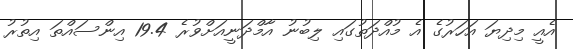
އެއީ މިދިޔަ އަހަރުގެ އެ މުއްދަތުގައި ލިބުނު އާމްދަނީއަށްވުރެ 19.4 އިންސައްތަ އިތުރު